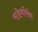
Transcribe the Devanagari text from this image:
साहेबसिंह